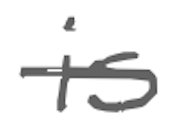
Text: is
Cross-out: single-line
Writing tool: digital_gray